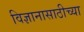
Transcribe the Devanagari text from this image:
विज्ञानासाठीच्या